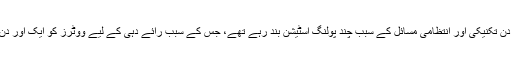
انتخابات کے پہلے دن تکنيکی اور انتظامی مسائل کے سبب چند پولنگ اسٹيشن بند رہے تھے، جس کے سبب رائے دہی کے ليے ووٹرز کو ايک اور دن کی مہلت دی گئی۔